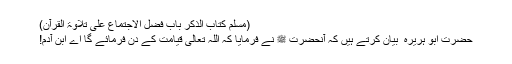
(مسلم کتاب الذکر باب فضل الاجتماع علی تلاوۃ القرآن)
حضرت ابو ہریرہ ؓ بیان کرتے ہیں کہ آنحضرت ﷺ نے فرمایا کہ اللہ تعالیٰ قیامت کے دن فرمائے گا اے ابن آدم!